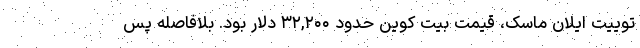
توییت ایلان ماسک، قیمت بیت کوین حدود ۳۲,۲۰۰ دلار بود. بلافاصله پس